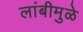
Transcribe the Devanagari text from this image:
लांबीमुळे